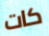
كات